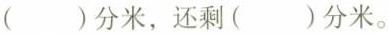
（）分米，还剩（）分米。